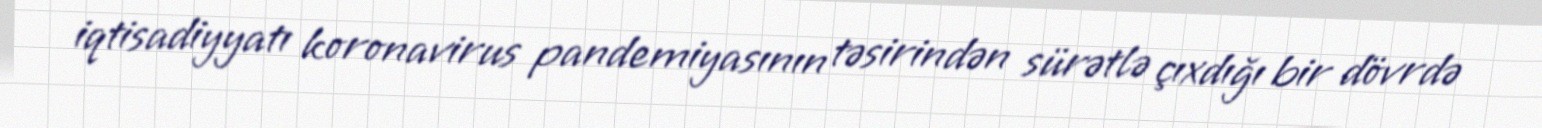
iqtisadiyyatı koronavirus pandemiyasının təsirindən sürətlə çıxdığı bir dövrdə